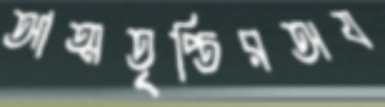
আত্মতৃপ্তিরঅয